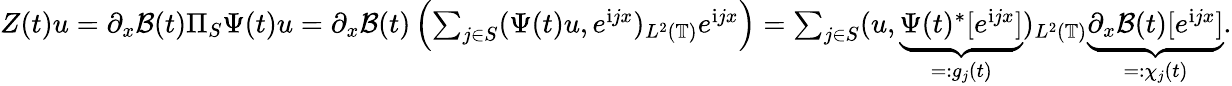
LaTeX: \begin{array}{r}{Z(t)u=\partial_{x}\mathcal{B}(t)\Pi_{S}\Psi(t)u=\partial_{x}\mathcal{B}(t)\left(\sum_{j\in S}(\Psi(t)u,e^{\mathrm{i}jx})_{L^{2}(\mathbb{T})}e^{\mathrm{i}jx}\right)=\sum_{j\in S}(u,\underbrace{\Psi(t)^{*}[e^{\mathrm{i}jx}]}_{=:g_{j}(t)})_{L^{2}(\mathbb{T})}\underbrace{\partial_{x}\mathcal{B}(t)[e^{\mathrm{i}jx}]}_{=:\chi_{j}(t)}.}\end{array}